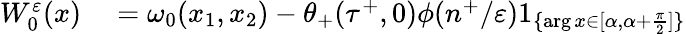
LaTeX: \begin{array}{rl}{W_{0}^{\varepsilon}(x)}&{{}=\omega_{0}(x_{1},x_{2})-\theta_{+}(\tau^{+},0)\phi(n^{+}/\varepsilon)1_{\{ \arg x\in[\alpha,\alpha+\frac{\pi}{2}]\} }}\end{array}